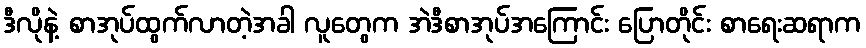
ဒီလိုနဲ့ စာအုပ်ထွက်လာတဲ့အခါ လူတွေက အဲဒီစာအုပ်အကြောင်း ပြောတိုင်း စာရေးဆရာက